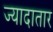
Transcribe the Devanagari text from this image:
ज्‍यादातार